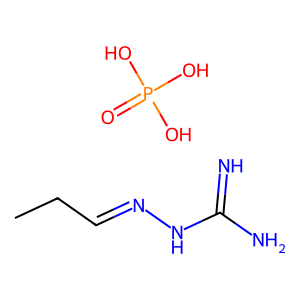
SMILES: CCC=NNC(=N)N.O=P(O)(O)O
Inhibits HIV replication: No